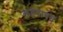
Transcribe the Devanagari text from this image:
लहराबन